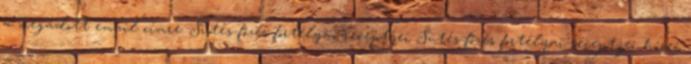
a megadott email címre. Sütés-főzés fortélyai-receptjei Sütés-főzés fortélyai-receptjei hírei